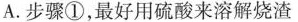
A.步骤①，最好用硫酸来溶解烧渣